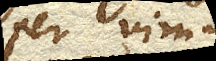
vim novus